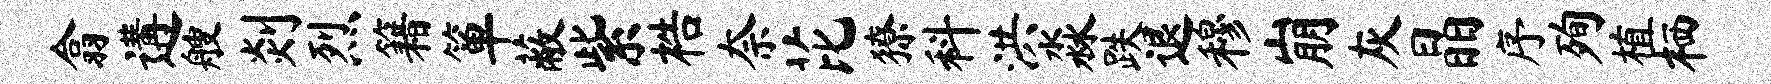
翕遘艘剡烈籍箪蔽紫梏奈芘獠科洪淼跌退穆崩灰晶序殉植栖